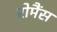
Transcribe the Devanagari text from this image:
रोमैंस